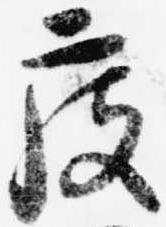
度